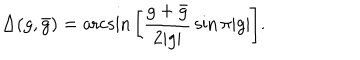
\Delta ( g , \bar { g } ) = \operatorname { a r c s i n } { \left[ { \frac { g + \bar { g } } { 2 | g | } } \, { \sin { \pi | g | } } \right] } .